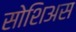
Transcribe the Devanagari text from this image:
सोशिअस